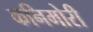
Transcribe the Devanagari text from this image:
कनिमोरी